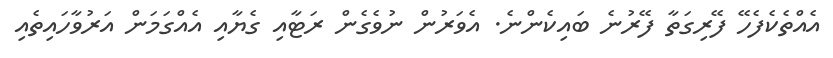
އެއްތެކެފެހޭ ފޭރިގަތާ ފޭރުނެ ބައިކެންނެ. އެވަރުން ނުވެގެން ރަޓާއި ގެޔާއި އެއްގަމަން އަރުވާހައިތެއި